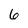
Character: 6